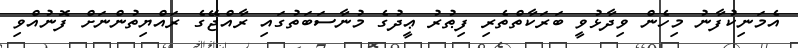
އެމަނިކުފާނު މިހެން ވިދާޅުވީ ބަރަކާތްތެރި ފިޠުރު ޢީދުގެ މުނާސަބަތުގައި ރާއްޖޭގެ ރައްޔިތުންނަށް ފޮނުއްވި